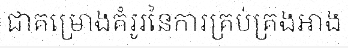
ជាគម្រោងគំរូរនៃការគ្រប់គ្រងអាង